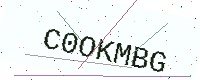
Text: C0OKMBG